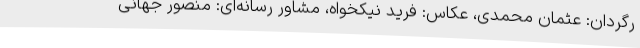
رگردان: عثمان محمدی، عکاس: فرید نیکخواه، مشاور رسانه‌ای: منصور جهانی